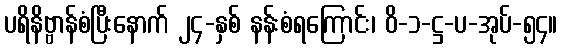
ပရိနိဗ္ဗာန်စံပြီးနောက် ၂၄-နှစ် နန်းစံရကြောင်း၊ ဝိ-၁-ဋ္ဌ-ပ-အုပ်-၅၄။